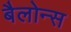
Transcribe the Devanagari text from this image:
बैलोन्स